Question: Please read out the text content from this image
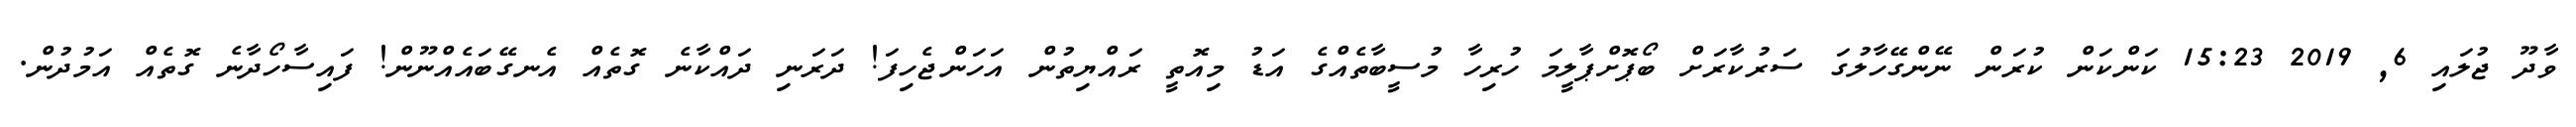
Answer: ވާދޫ ޖުލައި 6, 2019 15:23 ކަންކަން ކުރަން ނޭންގޭހާލުގަ ސަރުކާރަށް ބޯޕޮށްޕާލީމަ ހުރިހާ މުސީބާތެއްގެ އަޑު މިއޮތީ ރައްޔިތުން އަހަންޖެހިފަ! ދަރަނި ދައްކާނެ ގޮތެއް އެނގޭބައެއްނޫން! ފައިސާހޯދާނެ ގޮތެއް އަމުދުން.